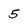
Character: 5